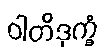
ဝါတိဒုက္ခံ